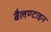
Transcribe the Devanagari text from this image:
बैलण्टाइन